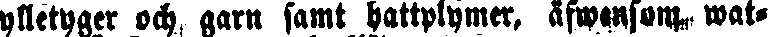
ylletyger och garn samt hattplymer, äfwensom wat-